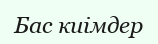
Бас киімдер